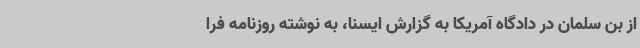
از بن سلمان در دادگاه آمریکا به گزارش ایسنا، به نوشته روزنامه فرا